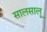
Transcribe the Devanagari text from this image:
सालसालू